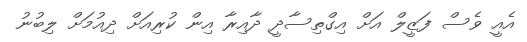
އެއީ ވެސް ފަޒީލް އަށް އިގްތިސާދީ ދާއިރާ އިން ކުރިއަށް ދިއުމަށް ލިބުނު